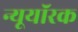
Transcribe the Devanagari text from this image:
न्यूयॉरक